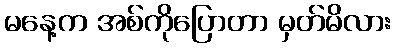
မနေ့က အစ်ကိုပြောတာ မှတ်မိလား